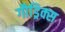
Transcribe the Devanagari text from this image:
गौड्रिक्स